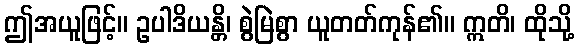
ဤအယူဖြင့်။ ဥပါဒိယန္တိ၊ စွဲမြဲစွာ ယူတတ်ကုန်၏။ ဣတိ၊ ထိုသို့